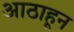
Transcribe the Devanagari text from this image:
आठाहून